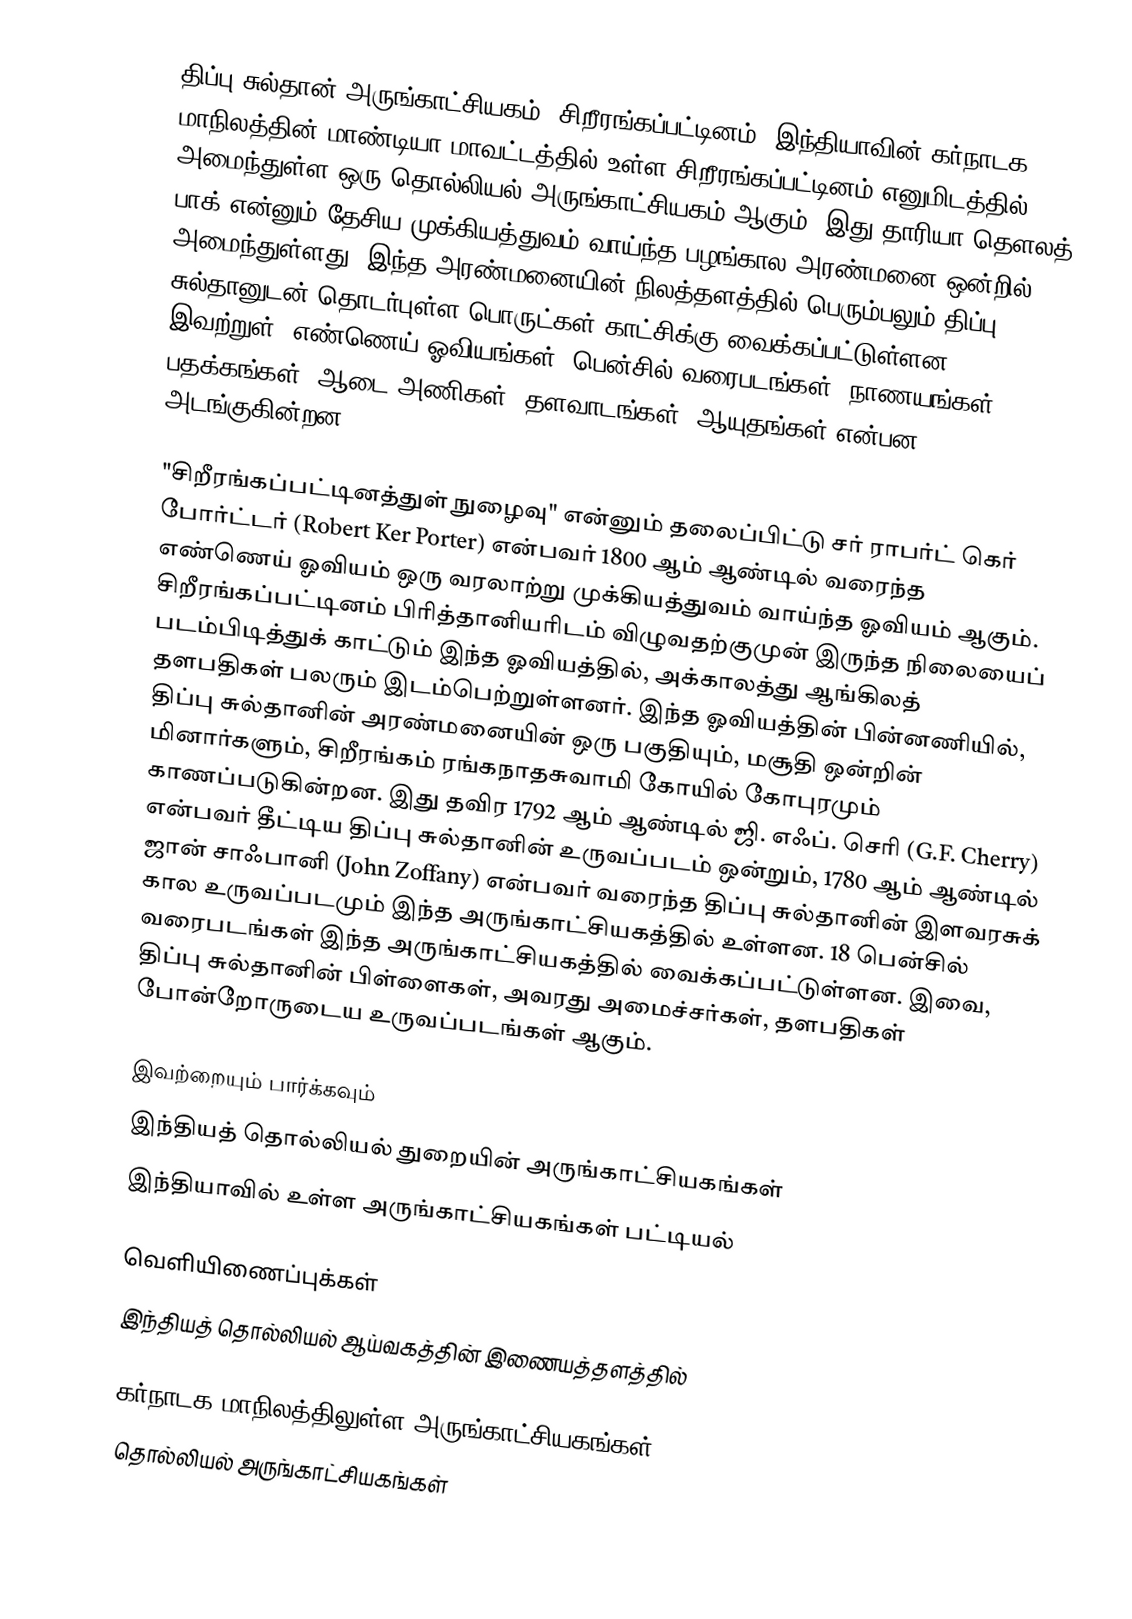
திப்பு சுல்தான் அருங்காட்சியகம், சிறீரங்கப்பட்டினம்,  இந்தியாவின் கர்நாடக மாநிலத்தின் மாண்டியா மாவட்டத்தில் உள்ள  சிறீரங்கப்பட்டினம் எனுமிடத்தில் அமைந்துள்ள ஒரு தொல்லியல் அருங்காட்சியகம் ஆகும். இது தாரியா தௌலத் பாக் என்னும் தேசிய முக்கியத்துவம் வாய்ந்த பழங்கால அரண்மனை ஒன்றில் அமைந்துள்ளது. இந்த அரண்மனையின் நிலத்தளத்தில் பெரும்பலும் திப்பு சுல்தானுடன் தொடர்புள்ள பொருட்கள் காட்சிக்கு வைக்கப்பட்டுள்ளன. இவற்றுள், எண்ணெய் ஓவியங்கள், பென்சில் வரைபடங்கள், நாணயங்கள், பதக்கங்கள், ஆடை அணிகள், தளவாடங்கள், ஆயுதங்கள் என்பன அடங்குகின்றன.

"சிறீரங்கப்பட்டினத்துள் நுழைவு" என்னும் தலைப்பிட்டு சர் ராபர்ட் கெர் போர்ட்டர் (Robert Ker Porter) என்பவர் 1800 ஆம் ஆண்டில் வரைந்த எண்ணெய் ஓவியம் ஒரு வரலாற்று முக்கியத்துவம் வாய்ந்த ஓவியம் ஆகும். சிறீரங்கப்பட்டினம் பிரித்தானியரிடம் விழுவதற்குமுன் இருந்த நிலையைப் படம்பிடித்துக் காட்டும் இந்த ஓவியத்தில், அக்காலத்து ஆங்கிலத் தளபதிகள் பலரும் இடம்பெற்றுள்ளனர். இந்த ஓவியத்தின் பின்னணியில், திப்பு சுல்தானின் அரண்மனையின் ஒரு பகுதியும், மசூதி ஒன்றின் மினார்களும், சிறீரங்கம் ரங்கநாதசுவாமி கோயில் கோபுரமும் காணப்படுகின்றன. இது தவிர 1792 ஆம் ஆண்டில் ஜி. எஃப். செரி (G.F. Cherry) என்பவர் தீட்டிய திப்பு சுல்தானின் உருவப்படம் ஒன்றும், 1780 ஆம் ஆண்டில் ஜான் சாஃபானி (John Zoffany) என்பவர் வரைந்த திப்பு சுல்தானின் இளவரசுக் கால உருவப்படமும் இந்த அருங்காட்சியகத்தில் உள்ளன.  18 பென்சில் வரைபடங்கள் இந்த அருங்காட்சியகத்தில் வைக்கப்பட்டுள்ளன. இவை, திப்பு சுல்தானின் பிள்ளைகள், அவரது அமைச்சர்கள், தளபதிகள் போன்றோருடைய உருவப்படங்கள் ஆகும்.

இவற்றையும் பார்க்கவும்
 இந்தியத் தொல்லியல் துறையின் அருங்காட்சியகங்கள்
 இந்தியாவில் உள்ள அருங்காட்சியகங்கள் பட்டியல்

வெளியிணைப்புக்கள்
 இந்தியத் தொல்லியல் ஆய்வகத்தின் இணையத்தளத்தில்

கர்நாடக மாநிலத்திலுள்ள அருங்காட்சியகங்கள்
தொல்லியல் அருங்காட்சியகங்கள்